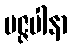
မဇ္ဇပါနာ